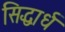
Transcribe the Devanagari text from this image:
सिद्धार्ध